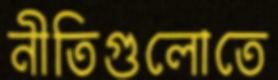
নীতিগুলোতে